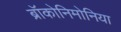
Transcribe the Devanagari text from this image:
ब्रॉकोनिमोनिया